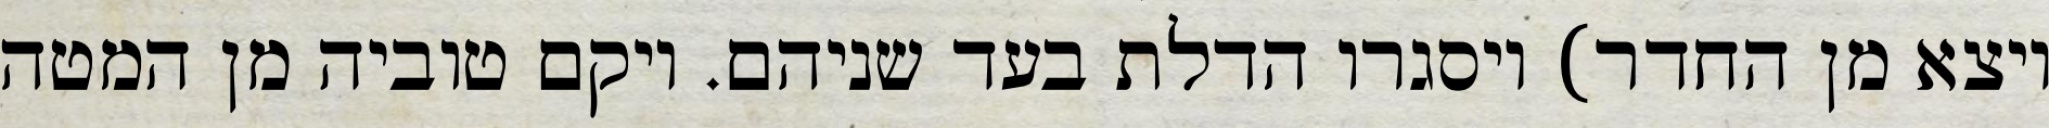
ויצא מן החדר) ויסגרו הדלת בעד שניהם. ויקם טוביה מן המטה